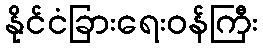
နိုင်ငံခြားရေးဝန်ကြီး